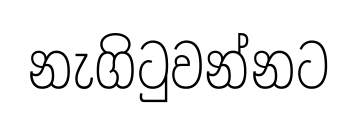
නැගිටුවන්නට